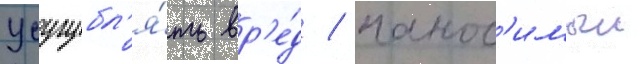
усугубл'я́ть вр'е́д / нанос'имыи